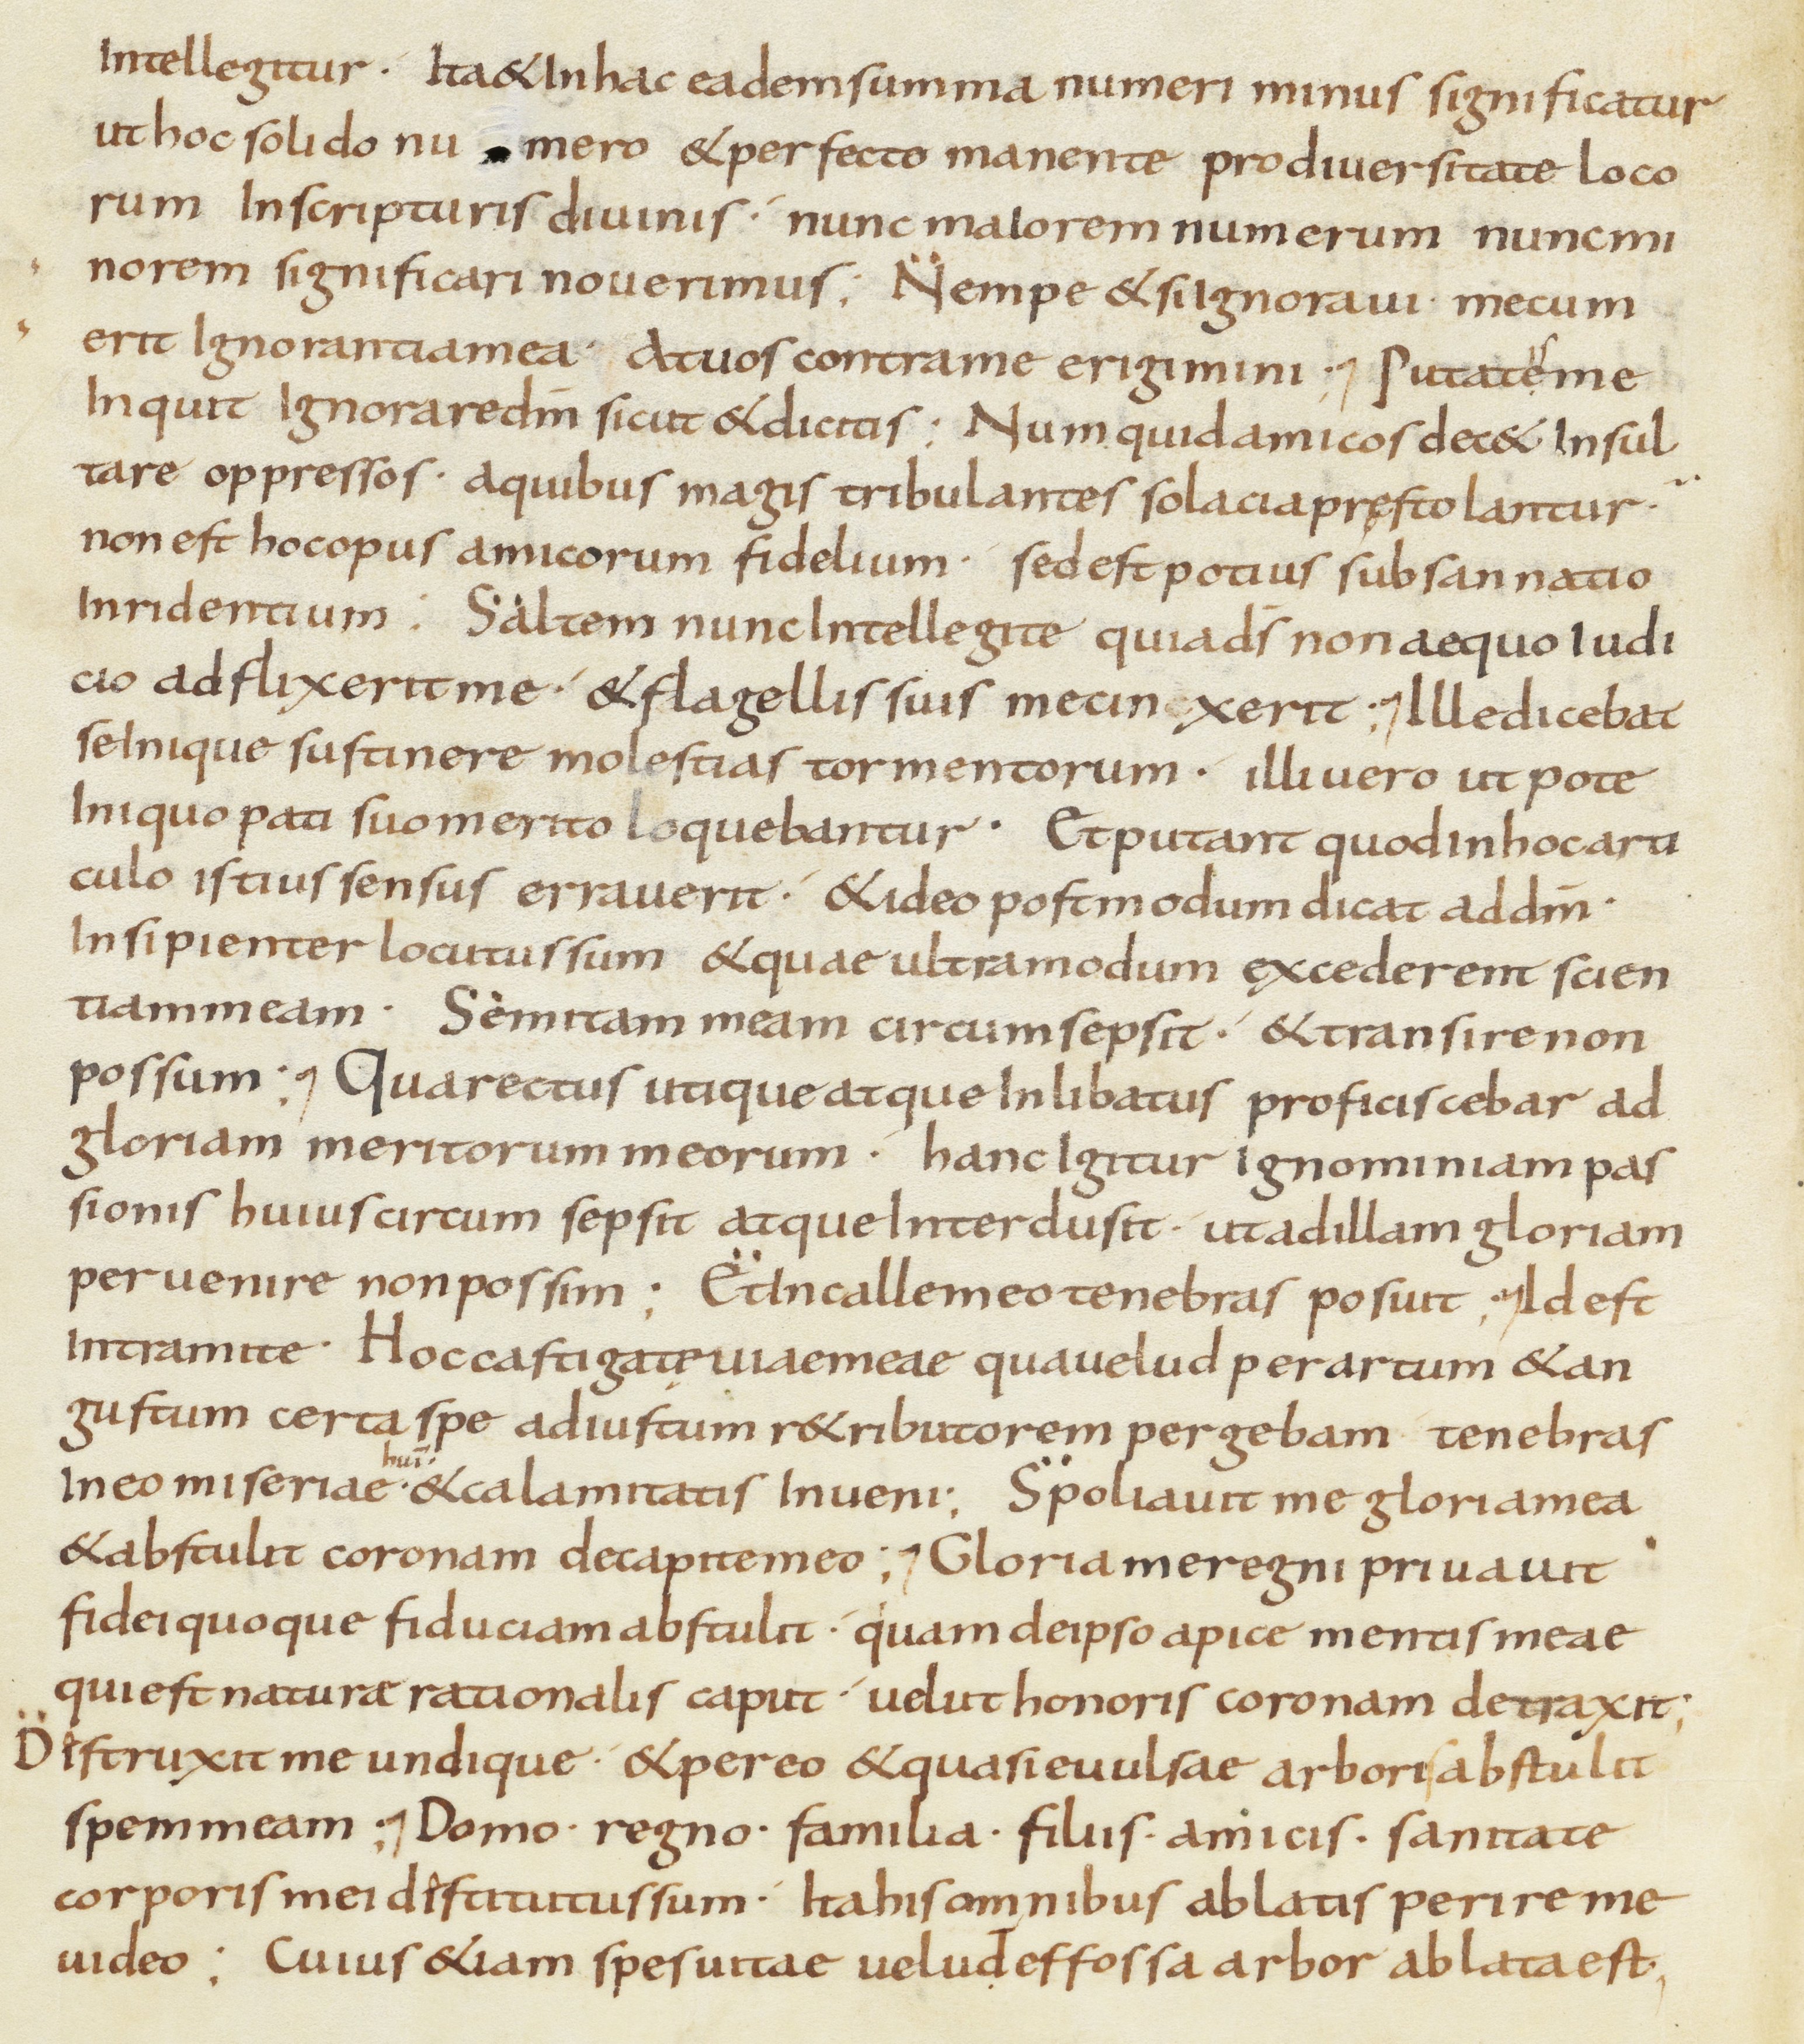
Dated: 800–899